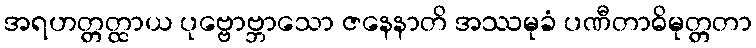
အရဟတ္တတ္ထာယ ပုဗ္ဗောဗ္ဘာသော ဇနေနာတိ အဿမုခံ ပဏီတာဓိမုတ္တတာ